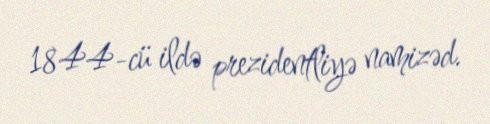
1844-cü ildə prezidentliyə namizəd.